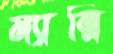
ম্যান্নি